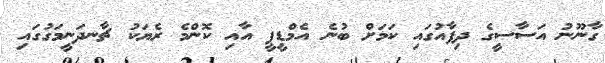
ގާނޫނު އަސާސީގެ ދިފާއުގައި ކަމަށް ބުނެ އެމްޑީޕީ އާއި ކޮންމެ ރެޔަކު ޗާނދަނީމަގުގައި